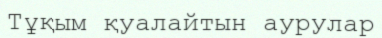
Тұқым қуалайтын аурулар